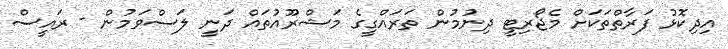
އިދިކޮޅު ފަރާތްތަކަށް މެޖޯރިޓީ ދިނުމުން ތަރައްގީގެ މަޝްރޫއުތައް ދަނީ ލަސްވަމުން - ރައީސް